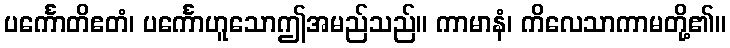
ပင်္ကောတိဧတံ၊ ပင်္ကောဟူသောဤအမည်သည်။ ကာမာနံ၊ ကိလေသာကာမတို့၏။